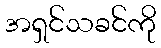
အရှင်သခင်ကို